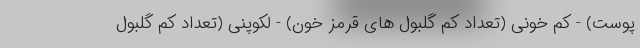
پوست) - کم خونی (تعداد کم گلبول های قرمز خون) - لکوپنی (تعداد کم گلبول